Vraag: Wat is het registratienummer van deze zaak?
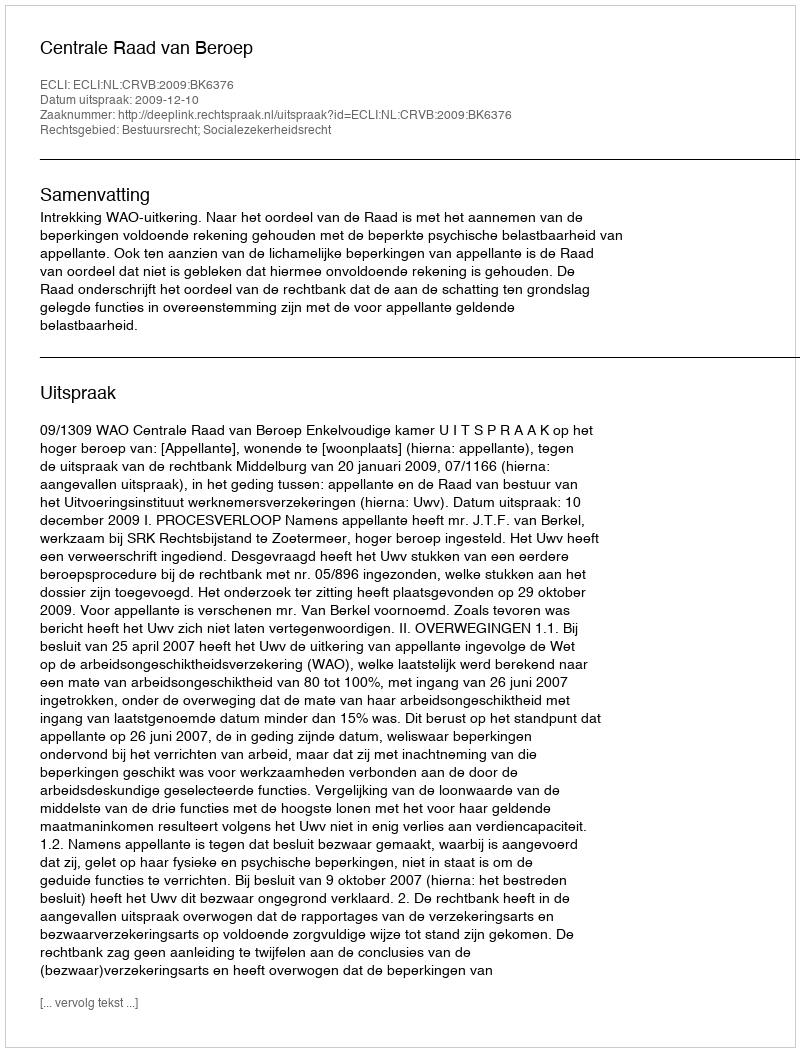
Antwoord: http://deeplink.rechtspraak.nl/uitspraak?id=ECLI:NL:CRVB:2009:BK6376